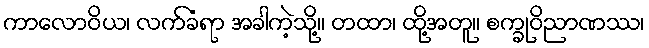
ကာလောဝိယ၊ လက်ခံရာ အခါကဲ့သို့။ တထာ၊ ထို့အတူ။ စက္ခုဝိညာဏဿ၊